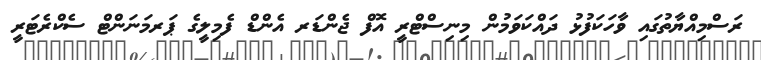
ރަސްމިއްޔާތުގައި ވާހަކަފުޅު ދައްކަވަމުން މިނިސްޓްރީ އޮފް ޖެންޑަރ އެންޑް ފެމިލީގެ ޕަރމަނަންޓް ސެކްރެޓަރީ